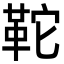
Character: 𩉺